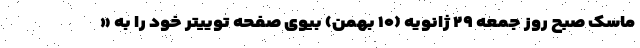
ماسک صبح روز جمعه ۲۹ ژانویه (۱۰ بهمن) بیوی صفحه توییتر خود را به «